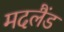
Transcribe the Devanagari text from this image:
मदलैंड